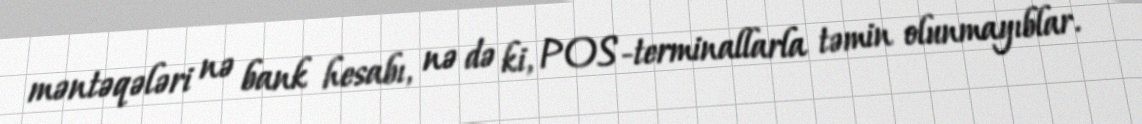
məntəqələri nə bank hesabı, nə də ki, POS-terminallarla təmin olunmayıblar.